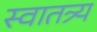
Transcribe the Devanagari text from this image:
स्वातत्र्य